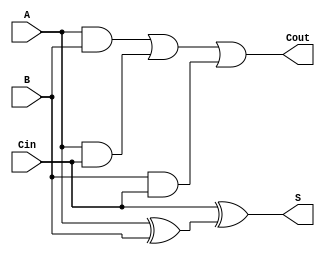
`timescale 1ns / 1ns
//////////////////////////////////////////////////////////////////////////////////
// Company: 
// Engineer: 
// 
// Design Name: 
// Module Name: full_adder
// Project Name: 
// Target Devices: 
// Tool Versions: 
// Description: 
// 
// Dependencies: 
// 
// Revision:
// Revision 0.01 - File Created
// Additional Comments:
// 
//////////////////////////////////////////////////////////////////////////////////


module full_adder(
    input A,
    input B,
    input Cin,
    output S,
    output Cout
    );
    
    
    wire w1;
    wire w2;
    wire w3;
    wire w4;
    
    xor(w1, A, B);
    xor(S, Cin, w1);
    and(w2, A, B);
    and(w3, A, Cin);
    and(w4, B, Cin);
    or(Cout, w2, w3, w4);
    
endmodule